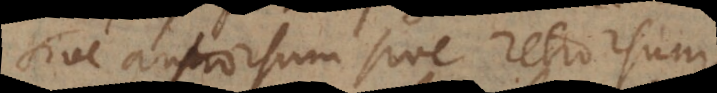
sive antrorsum sive retrorsum